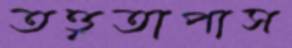
তত্ত্বতাপাস